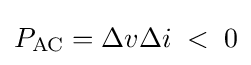
P_{\text{AC}}=\Delta v\Delta i\;<\;0